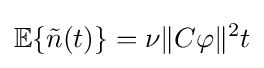
\mathbb {E} \{{\tilde {n}}(t)\}=\nu \|C\varphi \|^{2}t